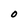
Character: O